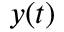
y ( t )